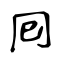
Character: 囘